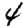
Digit: 4